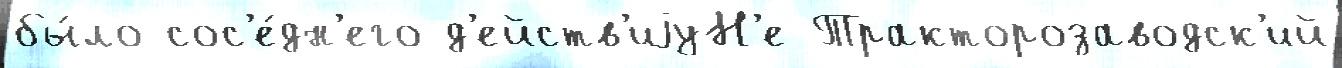
бы́ло сос'е́дн'его д'ейств'иjуН'е Тракторозаводск'ий